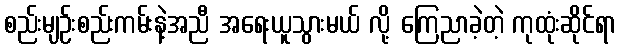
စည်းမျဉ်းစည်းကမ်းနဲ့အညီ အရေးယူသွားမယ် လို့ ကြေညာခဲ့တဲ့ ကုထုံးဆိုင်ရာ